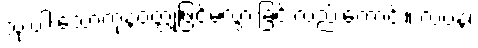
သုံးပါးသောကုနဝတ္တုဖြင့်မလွှားခြင်းလည်းကောင်း။ လပနံ၊